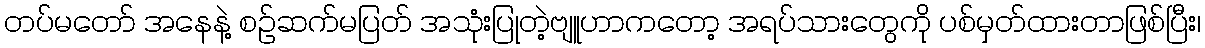
တပ်မတော် အနေနဲ့ စဉ်ဆက်မပြတ် အသုံးပြုတဲ့ဗျူဟာကတော့ အရပ်သားတွေကို ပစ်မှတ်ထားတာဖြစ်ပြီး၊